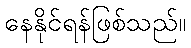
နေနိုင်ရန်ဖြစ်သည်။